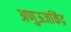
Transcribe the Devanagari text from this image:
अणुऊर्जाकेंद्र